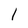
Character: l